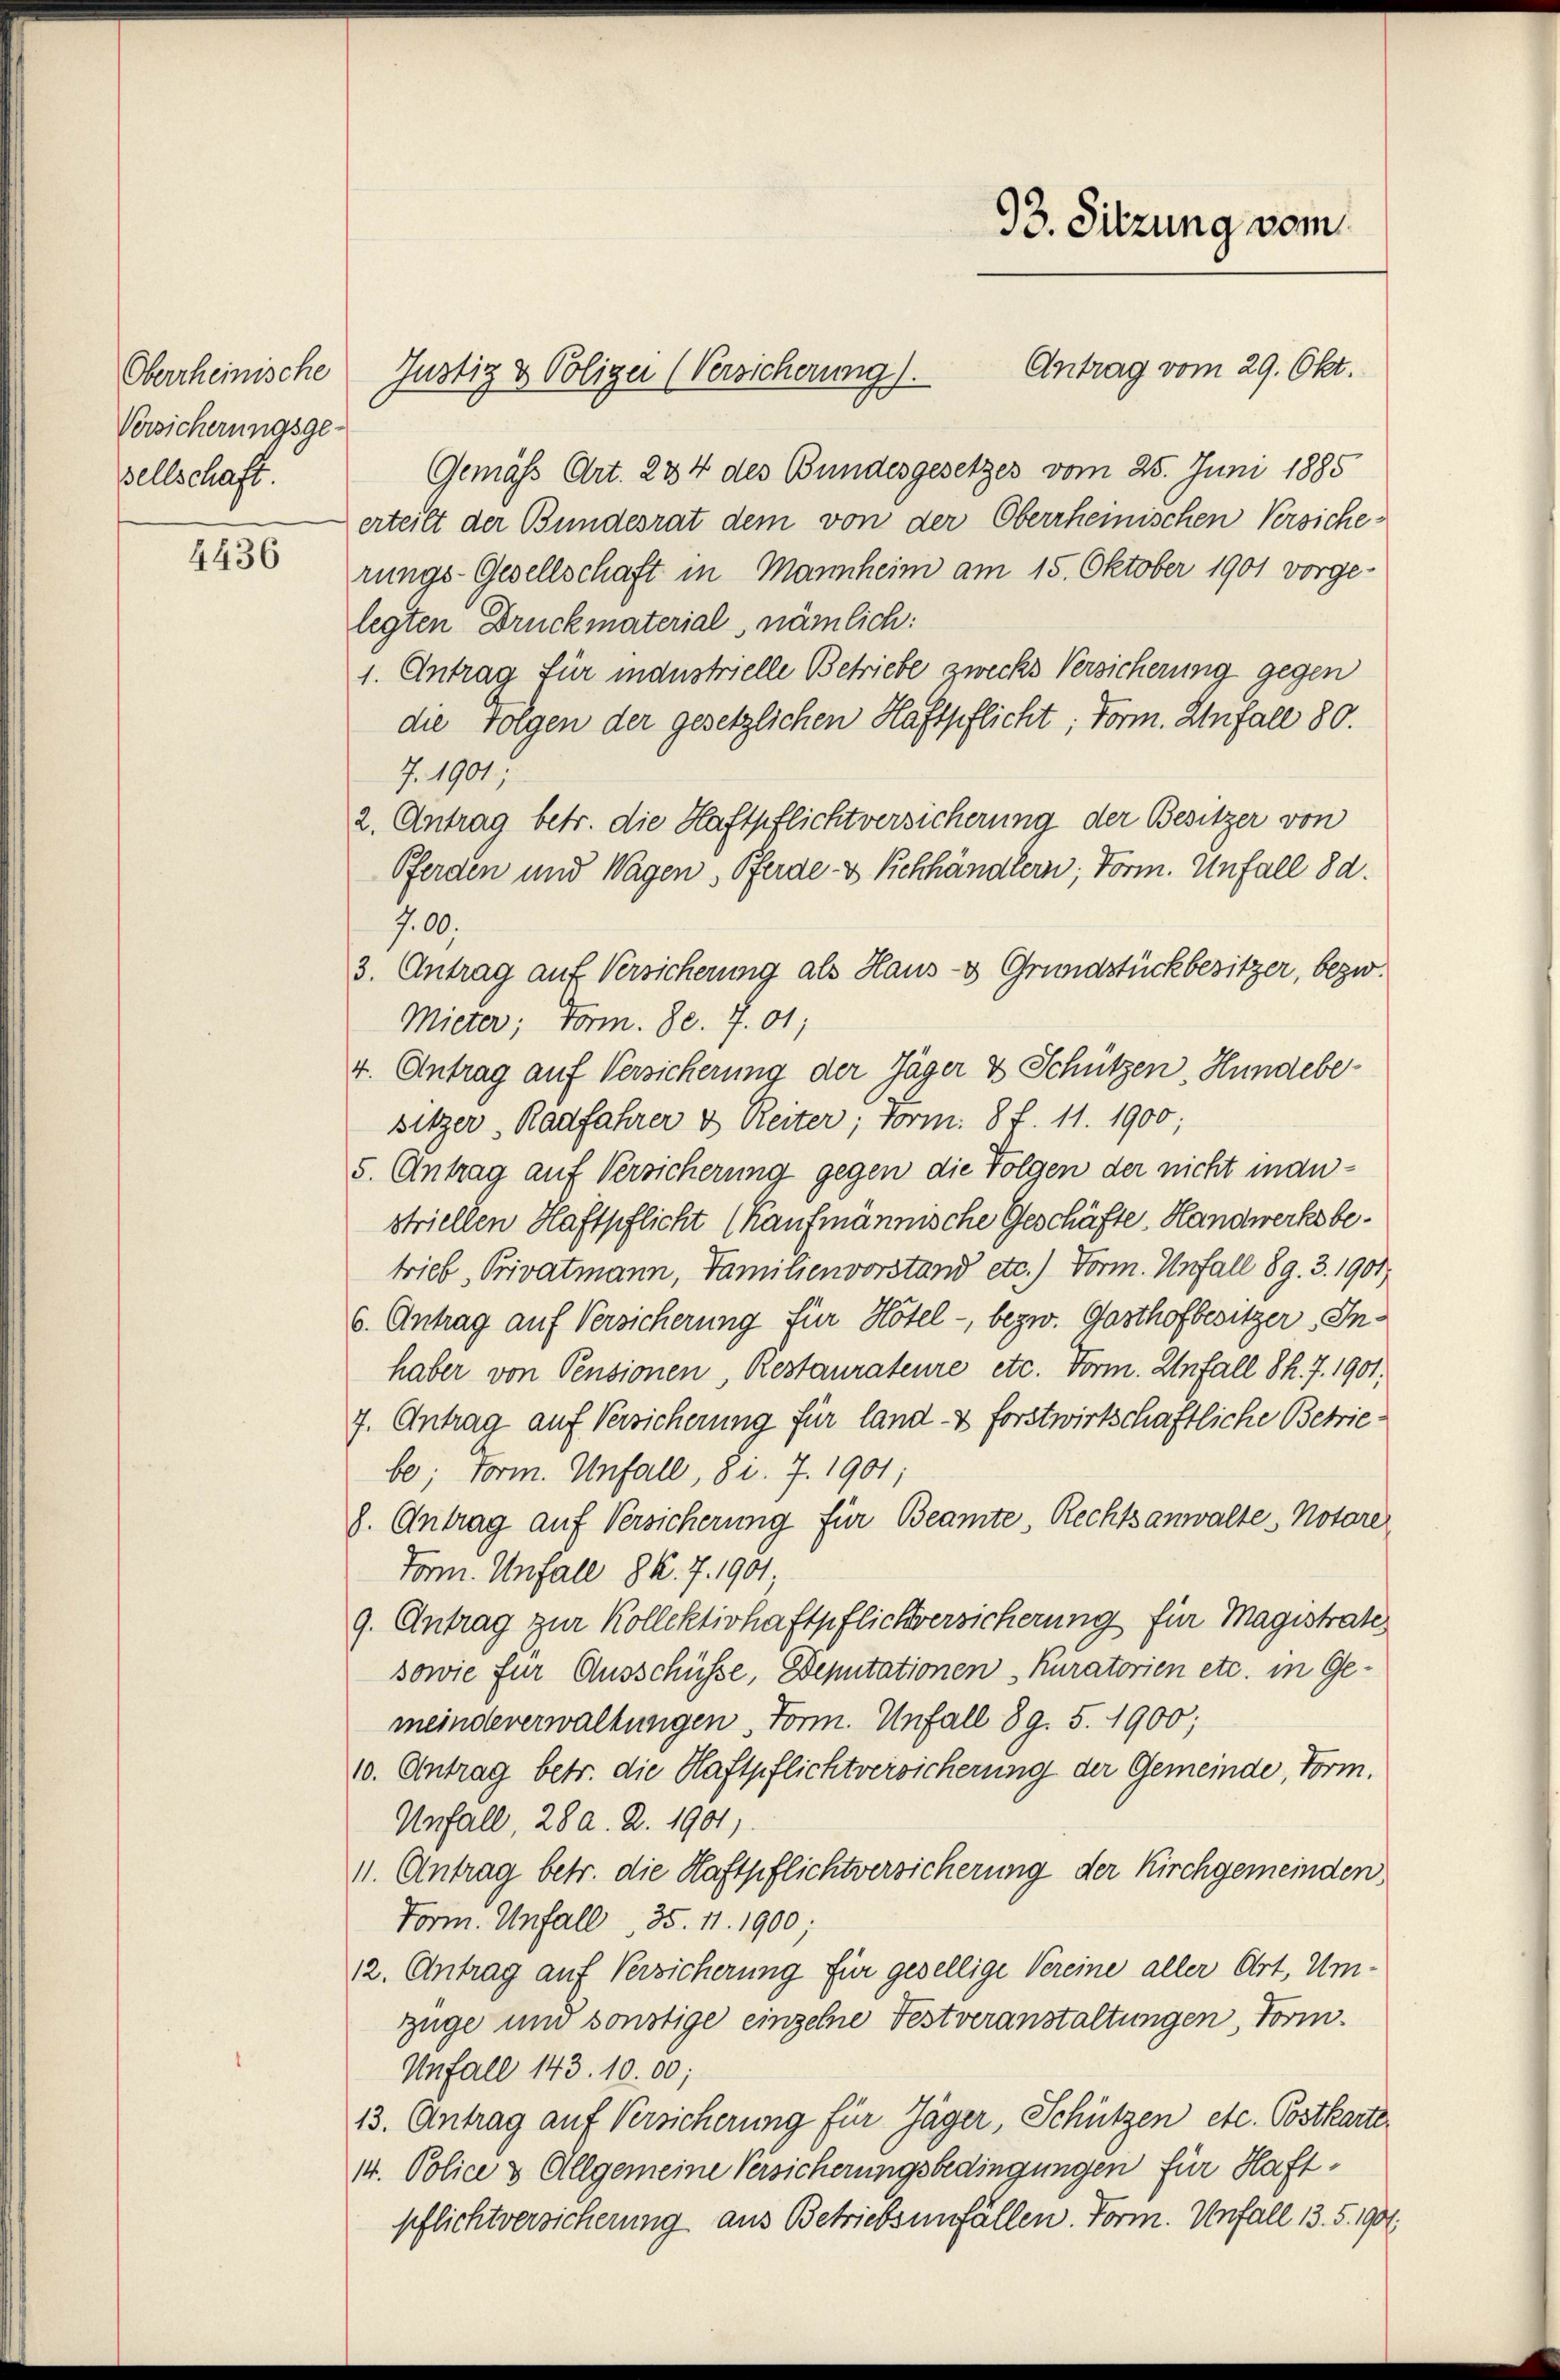
Oberrheinische
Versicherungsge-
sellschaft.

4436

98. Sitzung vom
Antrag vom 29. Okt.
Justiz & Polizei (Versicherung).

Gemäss Art. 234 des Bundesgesetzes vom 25. Juni 1885
erteilt der Bundesrat dem von der Oberrheinischen Versicherungs-Gesellschaft in Mannheim am 15. Oktober 1901 vorge-
legten Druckmaterial, nämlich:
1. Antrag für industrielle Betriebe zwecks Versicherung gegen
die Folgen der gesetzlichen Haftpflicht; Form. Unfall 80.
7. 1901,
2. Antrag betr. die Haftpflichtversicherung der Besitzer von
Pferden und Wagen, Pferde & Rehhändlern, Form. Unfall 8 d.
700.
3. Antrag auf Versicherung als Haus- & Grundstückbesitzer, bezw.
Mieter; vorm. 80. 7. 01;
4. Antrag auf Versicherung der Jäger & Schützen, Hundebesitzer, Radfahrer & Reiter; Form: 8 f. 11. 1900;
5. Antrag auf Versicherung gegen die Folgen der nicht inanstriellen Haftpflicht (Kaufmännische Geschäfte, Handwerksbetrieb, Privatmann, Familienvorstand etc.) Form. Unfall 89. 3. 1901
6. Antrag auf Versicherung für Hotel, bezw. Gasthofbesitzer, Inhaber von Pensionen, Restaurateure etc. Form. Unfall S. 7. 1901;
7. Antrag auf Versicherung für land & forstwirtschaftliche Betriebe; Form. Unfall, 8 i. 7. 1901;
h. Antrag auf Versicherung für Beamte, Rechtsanwalte, Notare
Tor. Unfall 8 k. 7. 1901
9. Antrag zur Kollektivhaftpflichversicherung für Magistratis
sowie für Ausschüsse, Deputationen Kuratorien etc. in Gemeindeverwaltungen, Form. Unfall 89. 5. 1900;
10. Antrag betr. die Haftpflichtversicherung der Gemeinde, Form.
Unfall, 28 a. a. 1901,
11. Antrag betr. die Haftpflichtversicherung der Kirchgemeinden
Form. Unfall, 35. 11. 1900;
12. Antrag auf Versicherung für gesellige Vereine aller Ort, Um-
züge und sonstige einzelne Festveranstaltungen, Form.
Unfall 143. 10.00;
13. Antrag auf Versicherung für Jäger, Schützen etc. Postkarte
14. Police & Allgemeine Versicherungsbedingungen für Haftpflichtversicherung aus Betriebsunfällen. Form. Unfall 13. 5. 1906